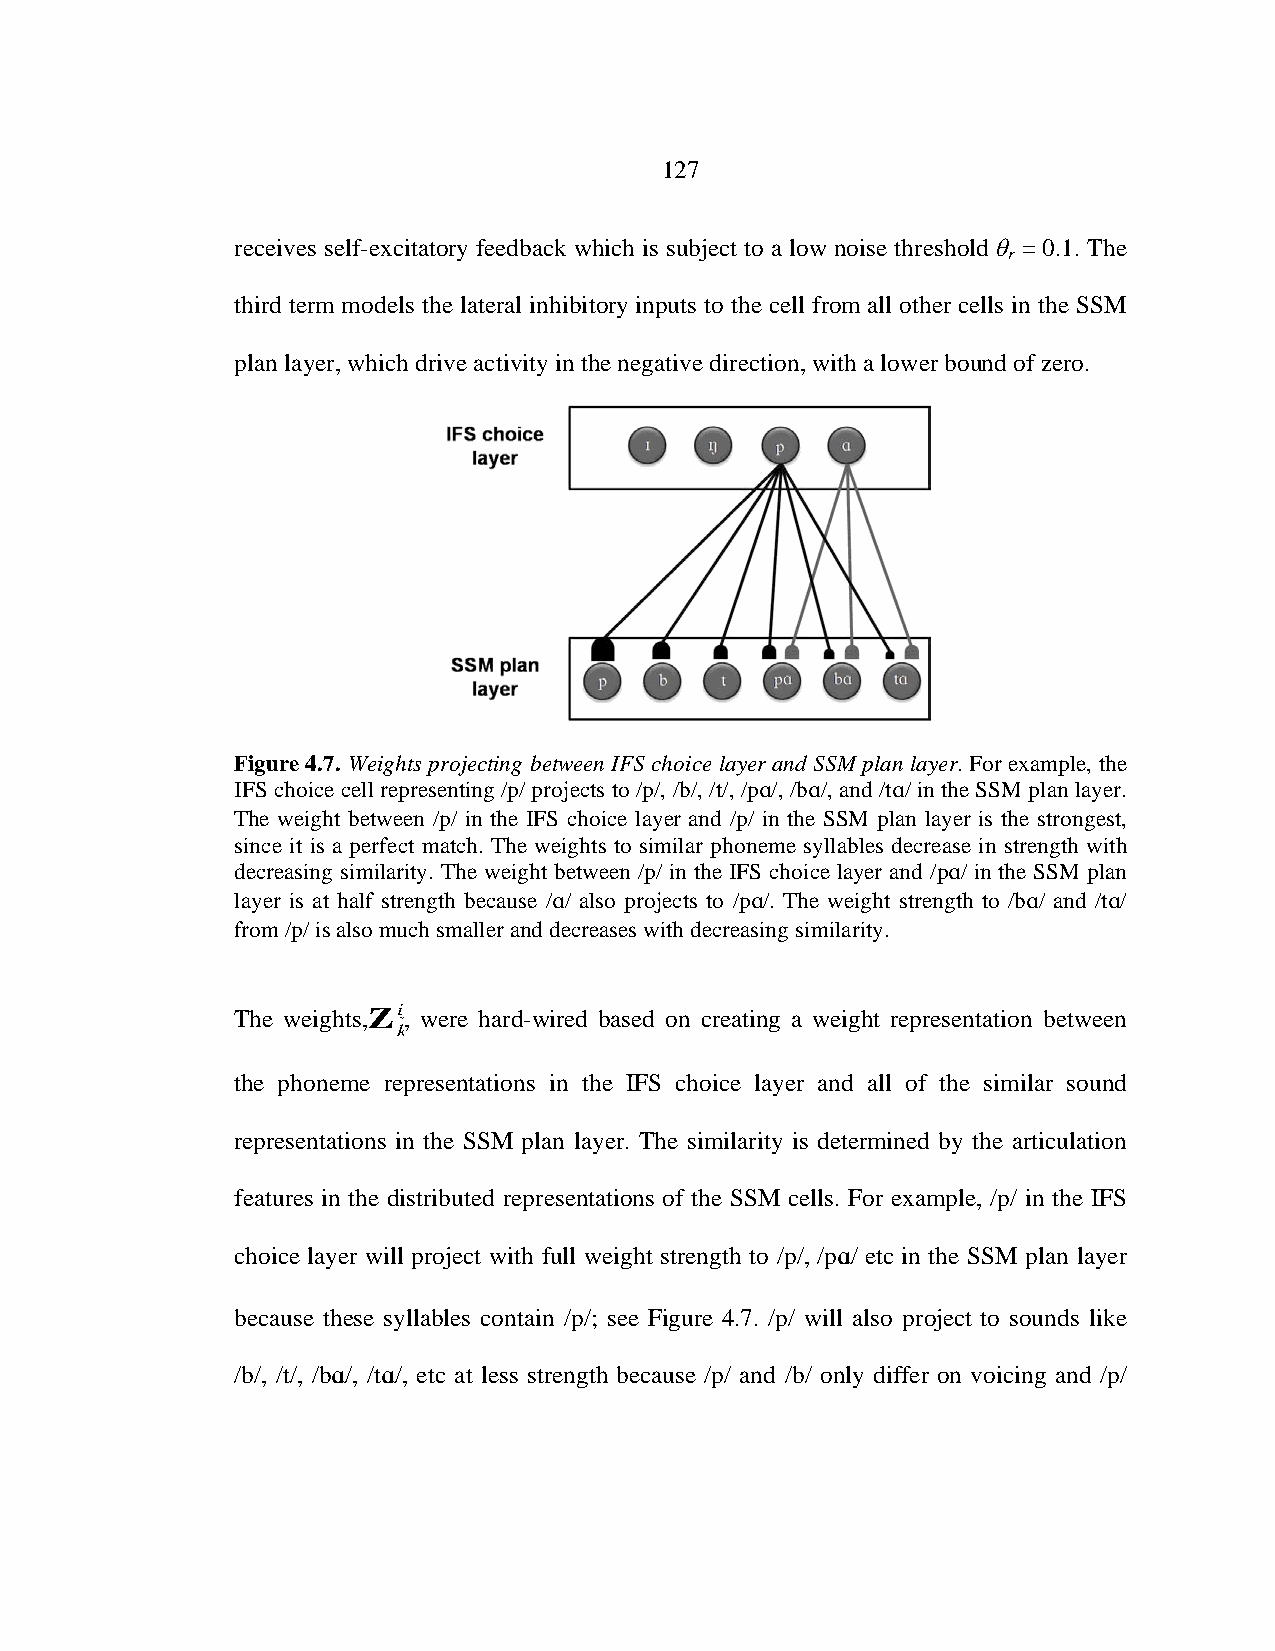
127
 receives self-excitatory feedback which is subject to a low noise threshold θ = 0.1. The
 r
 third term models the lateral inhibitory inputs to the cell from all other cells in the SSM
 plan layer, which drive activity in the negative direction, with a lower bound of zero.
 Figure 4.7. Weights projecting between IFS choice layer and SSM plan layer. For example, the
 IFS choice cell representing /p/ projects to /p/, /b/, /t/, /p/, /b/, and /t/ in the SSM plan layer.
 The weight between /p/ in the IFS choice layer and /p/ in the SSM plan layer is the strongest,
 since it is a perfect match. The weights to similar phoneme syllables decrease in strength with
 decreasing similarity. The weight between /p/ in the IFS choice layer and /p/ in the SSM plan
 layer is at half strength because // also projects to /p/. The weight strength to /b/ and /t/
 from /p/ is also much smaller and decreases with decreasing similarity.
 The weights,Zij, were hard-wired based on creating a weight representation between
 k
 the phoneme representations in the IFS choice layer and all of the similar sound
 representations in the SSM plan layer. The similarity is determined by the articulation
 features in the distributed representations of the SSM cells. For example, /p/ in the IFS
 choice layer will project with full weight strength to /p/, /p/ etc in the SSM plan layer
 because these syllables contain /p/; see Figure 4.7. /p/ will also project to sounds like
 /b/, /t/, /b/, /t/, etc at less strength because /p/ and /b/ only differ on voicing and /p/